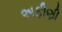
અફીણી